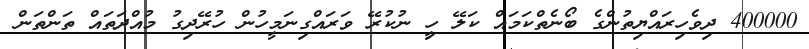
400000 ދިވެހިރައްޔިތުންގެ ބޯނެތްކަމައް ކަލޭ ހިީ ނުކުރޭ ވަރައްގިނަމީހުން ހުރޭދިގު މުއްދަތައް ތަންތަން